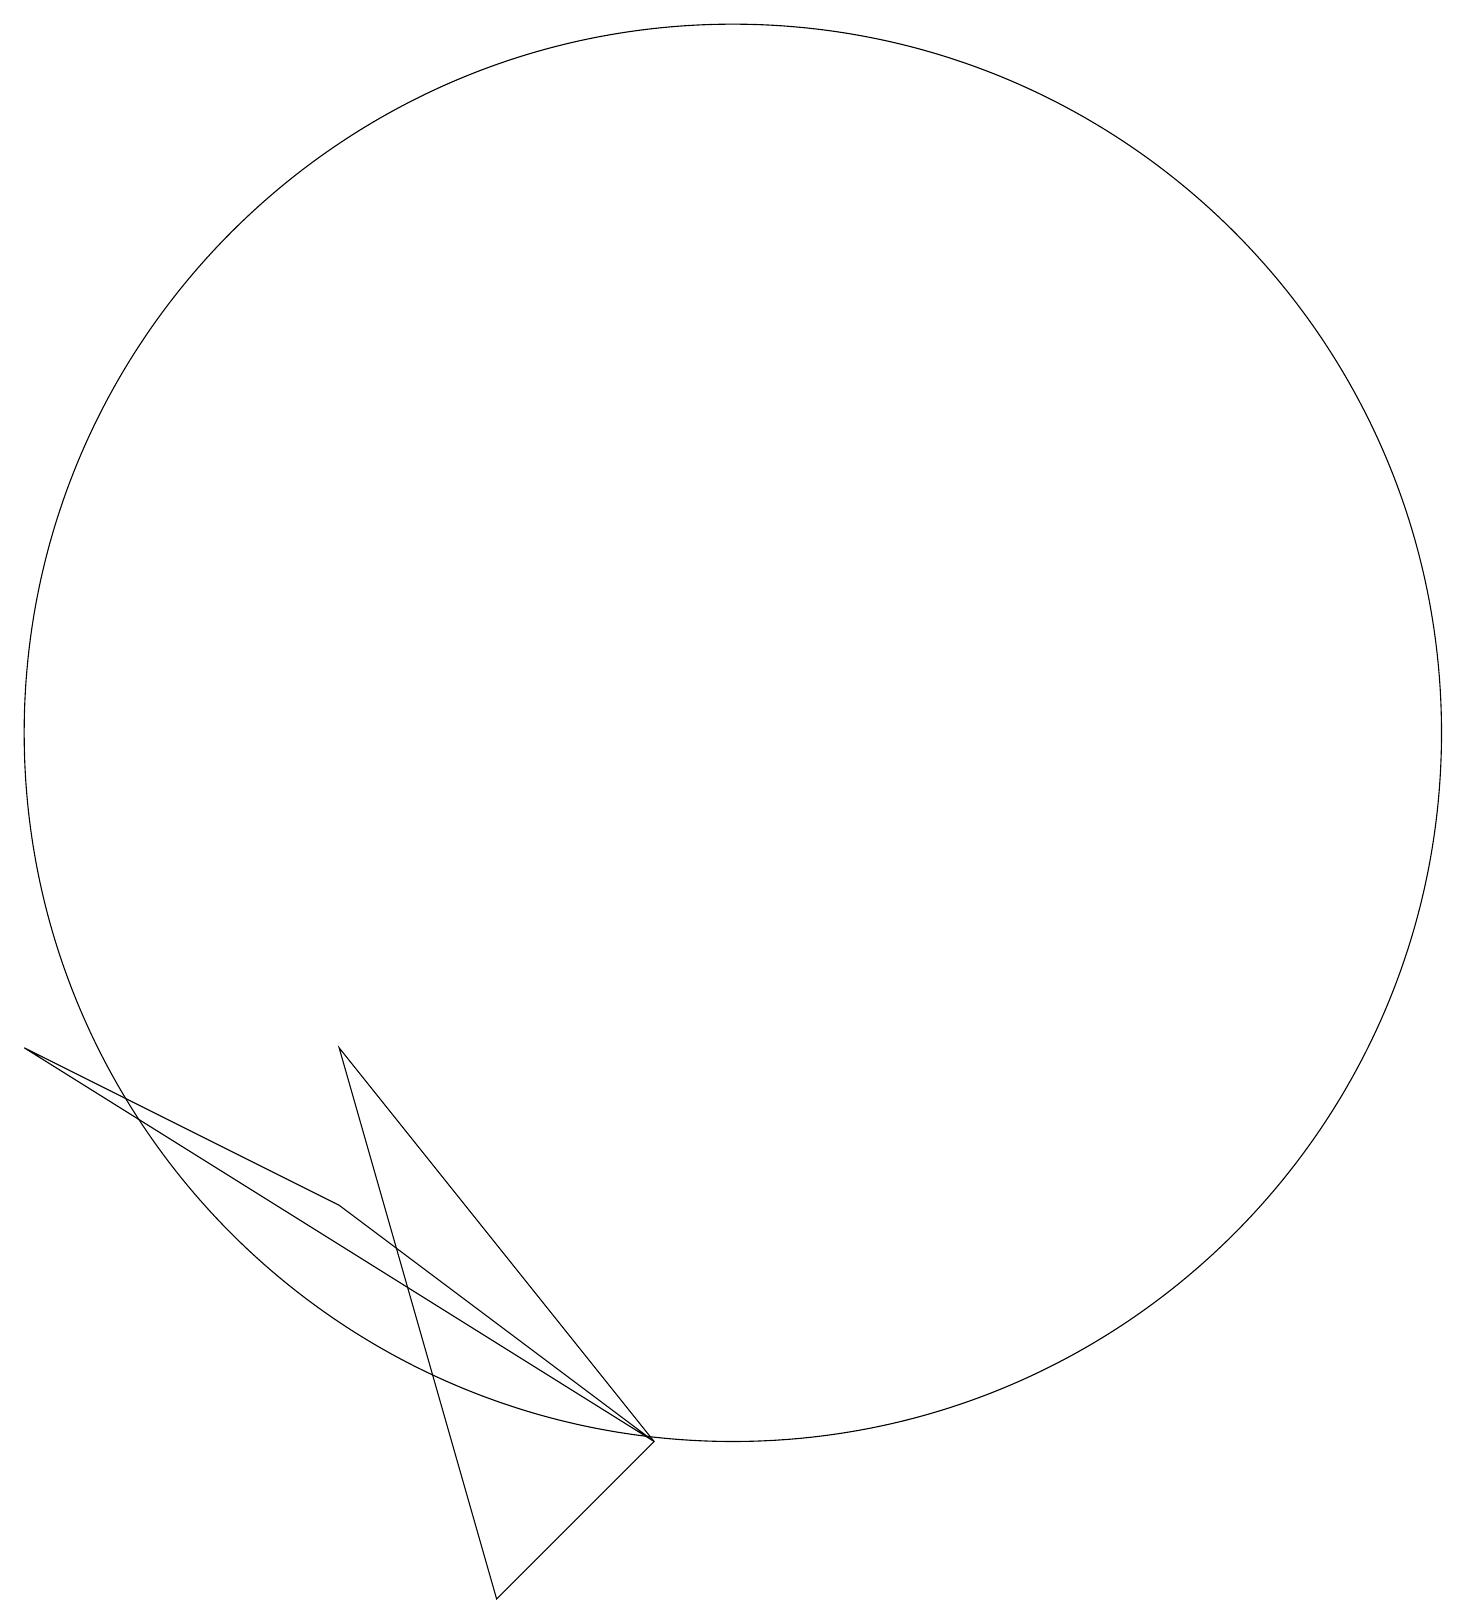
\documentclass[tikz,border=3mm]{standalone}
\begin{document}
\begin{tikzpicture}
\draw (10,11) circle (9);
\draw (5,7) -- (7,0) -- (9,2) -- cycle;
\draw (5,5) -- (1,7) -- (9,2) -- cycle;
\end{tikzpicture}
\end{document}